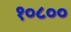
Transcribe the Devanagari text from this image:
१०८००